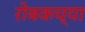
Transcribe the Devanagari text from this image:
रोबकच्या